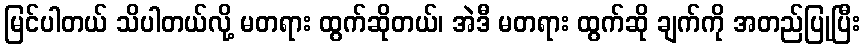
မြင်ပါတယ် သိပါတယ်လို့ မတရား ထွက်ဆိုတယ်၊ အဲဒီ မတရား ထွက်ဆို ချက်ကို အတည်ပြုပြီး